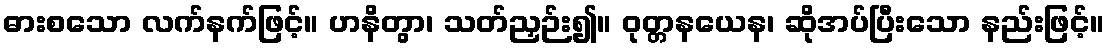
ဓားစသော လက်နက်ဖြင့်။ ဟနိတွာ၊ သတ်ညှဉ်း၍။ ဝုတ္တနယေန၊ ဆိုအပ်ပြီးသော နည်းဖြင့်။